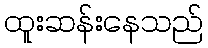
ထူးဆန်းနေသည်